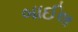
બાઈલ